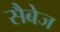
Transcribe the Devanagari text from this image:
सैबेज